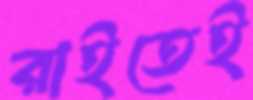
রাইতেই